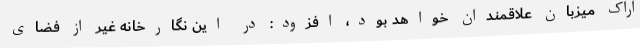
اراک میزبان علاقمندان خواهد بود، افزود: در این نگارخانه غیر از فضای